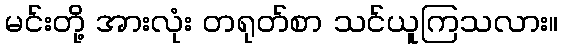
မင်းတို့ အားလုံး တရုတ်စာ သင်ယူကြသလား။